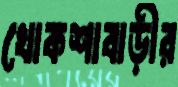
খোকশাবাড়ীর